Indian journal of veterinary science and animal husbandry - Volume 3,
Year: 1933
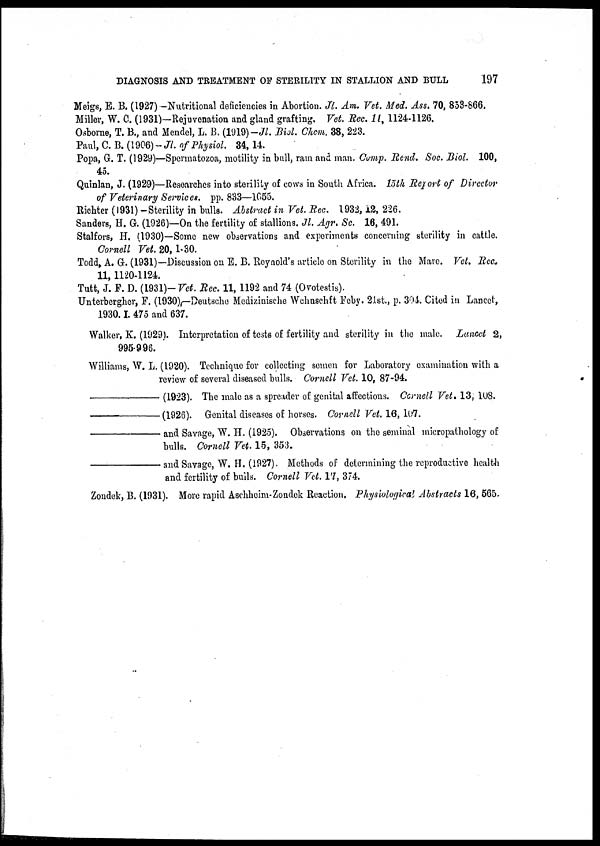
DIAGNOSIS AND TREATMENT OF STERILITY IN STALLION AND BULL
197
Meigs, E. B. (1927)-Nutritional deficiencies in Abortion. Jl. Am. Vet. Med. Ass. 70, 853-866.
Miller, W. C. (1931)—Rejuvenation and gland grafting. Vet. Rec. 11, 1124-1126.
Osborne, T. B., and Mendel, L. B. (1919)-Jl. Biol. Chem. 38, 223.
Paul, C. B. (1906) Jl. of Physiol. 34, 14.
Popa, G. T. (1929)—Spermatozoa, motility in bull, rain and man. Comp. Rend. Soc. Biol. 100,
45.
Quinlan, J. (1929)—Researches into sterility of cows in South Africa. 15th Report of Director
of Veterinary Services. pp. 833—1055.
Richter (1931) -Sterility in bulls. Abstract in Vet. Rec. 1932,12, 226.
Sanders, H. G. (1926)—On the fertility of stallions. Jl. Agr. Sc. 16, 491.
Stalfors, H. (1930)—Some new observations and experiments concerning sterility in cattle.
Cornell Vet. 20,1-30.
Todd, A. G. (1931)—Discussion on E. B. Reynold's article on Sterility in the Mare. Vet. Rec.
11, 1120-1124.
Tutt, J. F. D. (1931)— Vet. Rec. 11, 1192 and 74 (Ovotestis).
Unterbergher, F. (1930)—Deutsche Medizinische Wchnschft Feby. 21st., p. 304. Cited in Lancet,
1930. I. 475 and 637.
Walker, K. (1929). Interpretation of tests of fertility and sterility in the male. Lancet 2,
995-996.
Williams, W. L. (1920). Technique for collecting semen for Laboratory examination with a
review of several diseased bulls. Cornell Vet. 10, 87-94.
—
(1923). The male as a spreader of genital affections. Cornell Vet. 13, 108.
—
(1926). Genital diseases of horses. Cornell Vet. 16, 107.
—
and Savage, W. H. (1925). Observations on the seminal micropathology of
bulls. Cornell Vet. 15, 353.
—
and Savage, W. H. (1927). Methods of determining the reproductive health
and fertility of bulls. Cornell Vet. 17, 374.
Zondek, B. (1931). More rapid Aschheim-Zondek Reaction. Physiological Abstracts 16, 565.